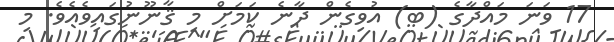
17 ވަނަ މައްދާގެ (ބ) އުވިގެން ދާނެ ކަމަށް މި ޤާނޫނުގައިވެއެވެ. މި